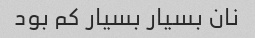
نان بسیار بسیار کم بود